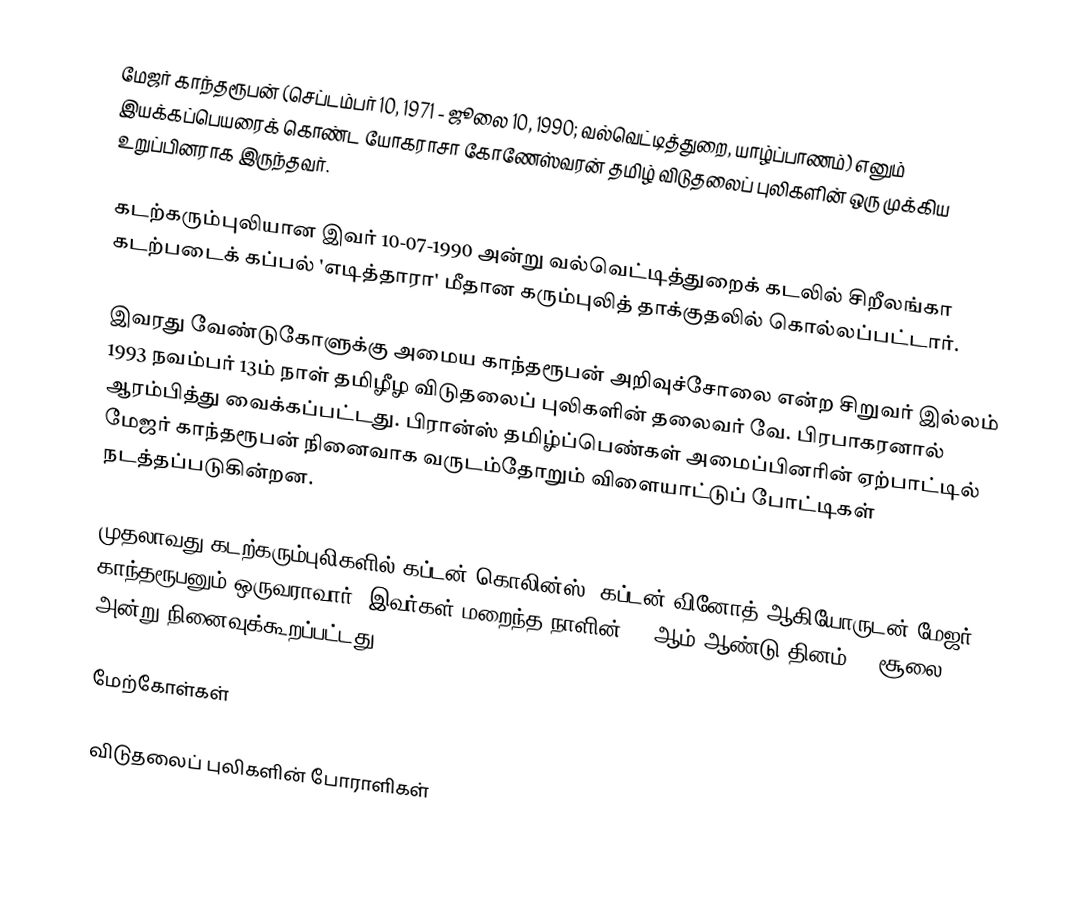
மேஜர் காந்தரூபன் (செப்டம்பர் 10, 1971 - ஜூலை 10, 1990; வல்வெட்டித்துறை, யாழ்ப்பாணம்) எனும் இயக்கப்பெயரைக் கொண்ட யோகராசா கோணேஸ்வரன் தமிழ் விடுதலைப் புலிகளின் ஒரு முக்கிய உறுப்பினராக இருந்தவர்.

கடற்கரும்புலியான இவர் 10-07-1990  அன்று வல்வெட்டித்துறைக் கடலில் சிறீலங்கா கடற்படைக் கப்பல் 'எடித்தாரா' மீதான கரும்புலித் தாக்குதலில் கொல்லப்பட்டார்.

இவரது வேண்டுகோளுக்கு அமைய காந்தரூபன் அறிவுச்சோலை என்ற சிறுவர் இல்லம் 1993 நவம்பர் 13ம் நாள் தமிழீழ விடுதலைப் புலிகளின் தலைவர் வே. பிரபாகரனால் ஆரம்பித்து வைக்கப்பட்டது. பிரான்ஸ் தமிழ்ப்பெண்கள் அமைப்பினரின் ஏற்பாட்டில் மேஜர் காந்தரூபன் நினைவாக வருடம்தோறும் விளையாட்டுப் போட்டிகள் நடத்தப்படுகின்றன.

முதலாவது கடற்கரும்புலிகளில் கப்டன் கொலின்ஸ், கப்டன் வினோத் ஆகியோருடன் மேஜர் காந்தரூபனும் ஒருவராவார். இவர்கள் மறைந்த நாளின் 25 ஆம் ஆண்டு தினம் 10 சூலை 2015 அன்று நினைவுக்கூறப்பட்டது.

மேற்கோள்கள்

விடுதலைப் புலிகளின் போராளிகள்